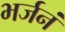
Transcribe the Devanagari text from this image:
भर्जनं